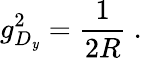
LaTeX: g_{D_{\mathit{y}}}^{2}=\frac{{1}}{{2R}}\ .